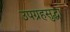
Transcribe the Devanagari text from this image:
उपग्रहसुद्धा